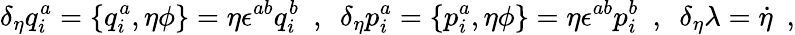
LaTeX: \delta_{\eta}q_{i}^{a}=\{ q_{i}^{a},\eta\phi\} =\eta\epsilon^{ab}q_{i}^{b}\ \ ,\ \ \delta_{\eta}p_{i}^{a}=\{ p_{i}^{a},\eta\phi\} =\eta\epsilon^{ab}p_{i}^{b}\ \ ,\ \ \delta_{\eta}\lambda=\dot{\eta}\ \ ,